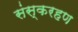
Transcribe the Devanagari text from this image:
संस्करहण